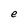
Character: e